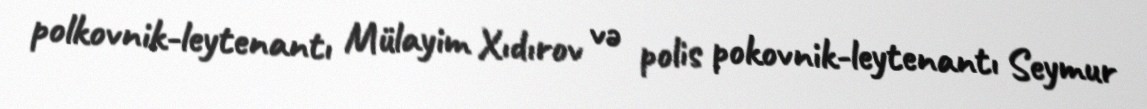
polkovnik-leytenantı Mülayim Xıdırov və polis pokovnik-leytenantı Seymur